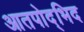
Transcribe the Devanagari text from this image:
आतपोद्भिद